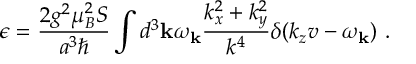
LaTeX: \epsilon = \frac { 2 g ^ { 2 } \mu _ { B } ^ { 2 } S } { a ^ { 3 } \hbar } \int d ^ { 3 } { \bf k } \omega _ { \bf k } \frac { k _ { x } ^ { 2 } + k _ { y } ^ { 2 } } { k ^ { 4 } } \delta ( k _ { z } v - \omega _ { \bf k } ) ~ .